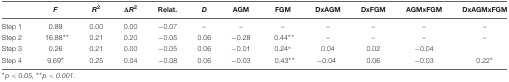
<table><thead><tr><td></td><td><b><i>F</i></b></td><td><b><i>R</i><sup>2</sup></b></td><td><b>Δ<i>R</i><sup>2</sup></b></td><td><b>Relat.</b></td><td><b><i>D</i></b></td><td><b>AGM</b></td><td><b>FGM</b></td><td><b>DxAGM</b></td><td><b>DxFGM</b></td><td><b>AGMxFGM</b></td><td><b>DxAGMxFGM</b></td></tr></thead><tbody><tr><td>Step 1</td><td>0.89</td><td>0.00</td><td>0.00</td><td>−0.07</td><td>–</td><td>–</td><td>–</td><td>–</td><td>–</td><td>–</td><td>–</td></tr><tr><td>Step 2</td><td>16.88<sup>∗∗</sup></td><td>0.21</td><td>0.20</td><td>−0.05</td><td>0.06</td><td>−0.28</td><td>0.44<sup>∗∗</sup></td><td>–</td><td>–</td><td>–</td><td>–</td></tr><tr><td>Step 3</td><td>0.26</td><td>0.21</td><td>0.00</td><td>−0.05</td><td>0.06</td><td>−0.01</td><td>0.24<sup>∗</sup></td><td>0.04</td><td>0.02</td><td>−0.04</td><td></td></tr><tr><td>Step 4</td><td>9.69<sup>∗</sup></td><td>0.25</td><td>0.04</td><td>−0.08</td><td>0.06</td><td>−0.03</td><td>0.43<sup>∗∗</sup></td><td>−0.04</td><td>0.06</td><td>−0.03</td><td>0.22<sup>∗</sup></td></tr></tbody></table>